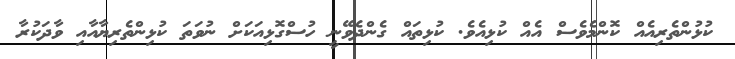
ކުޅުންތެރިއެއް ކޮންމެވެސް އެއް ކުޅިއެވެ. ކުޅިތައް ގެންދެވޭނީ ހުސްގޮޅިއަކަށް ނުވަތަ ކުޅިންތެރިޔާއާއި ވާދަކުރާ